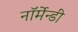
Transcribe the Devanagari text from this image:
नॉर्मेन्डी